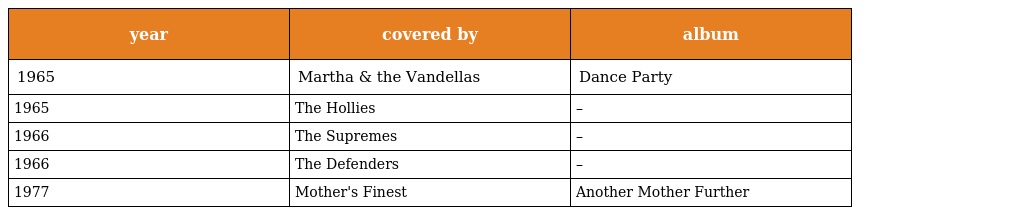
| year | covered by | album |
 | --- | --- | --- |
 | 1965 | Martha & the Vandellas | Dance Party |
 | 1965 | The Hollies | – |
 | 1966 | The Supremes | – |
 | 1966 | The Defenders | – |
 | 1977 | Mother's Finest | Another Mother Further |